Report of the Indian Hemp Drugs Commission, 1894-1895 - Volume VII
Year: 1894
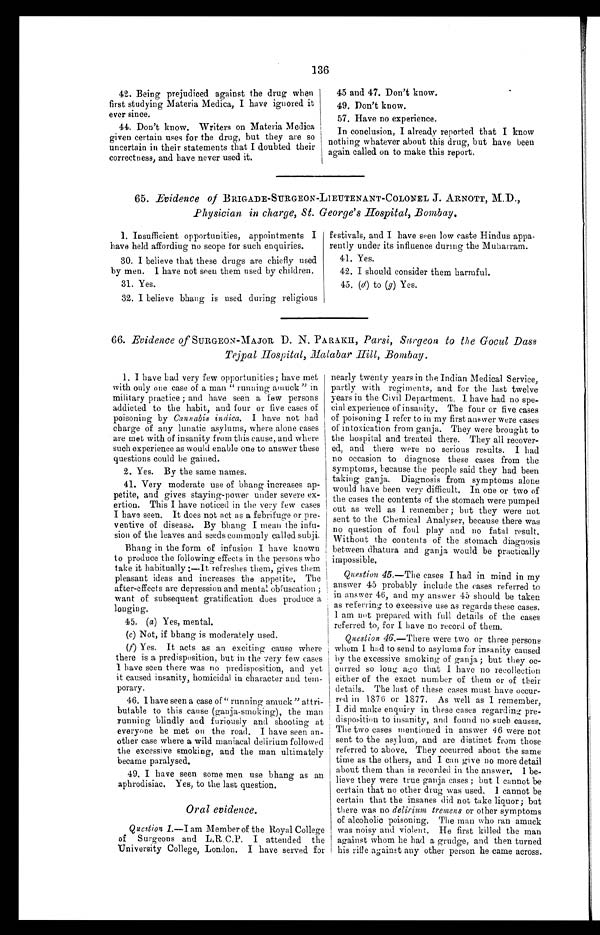
136
42. Being prejudiced against the drug when
first studying Materia Medica, I have ignored it
ever since.
44. Don't know. Writers on Materia Medica
given certain uses for the drug, but they are so
uncertain in their statements that I doubted their
correctness, and have never used it.
45 and 47. Don't know.
49. Don't know.
57. Have no experience.
In conclusion, I already reported that I know
nothing whatever about this drug, but have been
again called on to make this report.
65. Evidence of BRIGADE-SURGEON-LIEUTENANT-COLONEL J. ARNOTT, M.D.,
Physician in charge, St. George's Hospital, Bombay,
1. Insufficient opportunities, appointments I
have held affording no scope for such enquiries.
30. I believe that these drugs are chiefly used
by men. I have not seen them used by children.
31. Yes.
32. I believe bhang is used during religious
festivals, and I have seen low caste Hindus appa
-
rently under its influence during the Muharram.
41. Yes.
42. I should consider them harmful.
45. (d) to (g ) Yes.
66. Evidence of SURGEON-MAJOR D. N. PARAKH, Parsi, Surgeon to the Gocul Dass
Tejpal Hospital, Malabar Hill, Bombay.
1. I have had very few opportunities ; have met
with only one case of a man " running amuck " in
military practice ; and have seen a few persons
addicted to the habit, and four or five cases of
poisoning by Cannabis indica. I have not had
charge of any lunatic asylums, where alone cases
are met with of insanity from this cause, and where
such experience as would enable one to answer these
questions could be gained.
2. Yes. By the same names.
41. Very moderate use of bhang increases ap
-
petite, and gives staying-power under severe ex
-
ertion. This I have noticed in the very few cases
I have seen. It does not act as a febrifuge or pre
-
ventive of disease. By bhang I mean the infu-
sion of the leaves and seeds commonly called subji.
Bhang in the form of infusion I have known
to produce the following effects in the persons who
take i t habi tual l y:—It refreshes them, gi ves them
pleasant ideas and increases the appetite. The
after-effects are depression and mental obfuscation ;
want of subsequent gratification dues produce a
longing.
45. ( a ) Yes, mental.
( c) Not, if bhang is moderately used.
(f) Yes. It acts as an exciting cause where
there is a predisposition, but in the very few cases
I have seen there was no predisposition, and yet
it caused insanity, homicidal in character and tem-
porary.
46. I have seen a case of "running amuck" attri
-
butable to this cause (ganja-smoking), the man
running blindly and furiously and shooting at
everyone he met on the road. I have seen an
-
o t h e r c a s e w h e r e a w i l d m a n i a c a l d e l i r i u m f o l l o w e d
the excessive smoking, and the man ultimately
became paralysed.
49. I have seen some men use bhang as an
aphrodisiac. Yes, to the last question.
Oral evidence.
Question 1.—I am Member of the Royal College
of Surgeons and L.R.C.P. I attended the
University College, London. I have served for
nearly twenty years in the Indian Medical Service,
partly with regiments, and for the last twelve
years in the Civil Department. I have had no spe
-
cial experience of insanity. The four or five cases
of poisoning I refer to in my first answer were cases
of intoxication from ganja. They were brought to
the hospital and treated there. They all recover
-
ed, and there were no serious results. I had
no occasion to diagnose these cases from the
symptoms, because the people said they had been
taking ganja. Diagnosis from symptoms alone
would have been very difficult. In one or two of
the cases the contents of the stomach were pumped
out as well as I remember ; but they were not
sent to the Chemical Analyser, because there was
no question of foul play and no fatal result.
Without the contents of the stomach diagnosis
between dhatura and ganja would be practically
impossible.
Question 45 .—The cases I had in mind in my
answer 45 probably include the eases referred to
in answer 46, and my answer 45 should be taken
as referring to excessive use as regards these cases.
I am not prepared with full details of the cases
referred to, for I have no record of them.
Question 46.—There were two or three persons
whom I had to send to asylums for insanity caused
by the excessive smoking of ganja ; but they oc
-
curred so long ago that I have no recollection
either of the exact number of them or of their
details. The lost of these cases must have occur
-
red in 1876 or 1877. As well as I remember,
I did make enquiry in these cases regarding pre-
disposition to insanity, and found no such causes,
The two cases mentioned in answer 46 were not
sent to the asylum, and are distinct from those
referred to above. They occurred about the same
time as the others, and I can give no more detail
about them than is recorded in the answer. I be
-
lieve they were true ganja cases ; but I cannot be
certain that no other drug was used. I cannot be
certain that the insanes did not take liquor ; but
there was no delirium tremens or other symptoms
of alcoholic poisoning. The man who ran amuck
was noisy and violent. He first killed the man
against whom he had a grudge, and then turned
his rifle against any other person he came across.